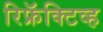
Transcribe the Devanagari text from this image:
रिफ्रॅक्‍टिव्ह